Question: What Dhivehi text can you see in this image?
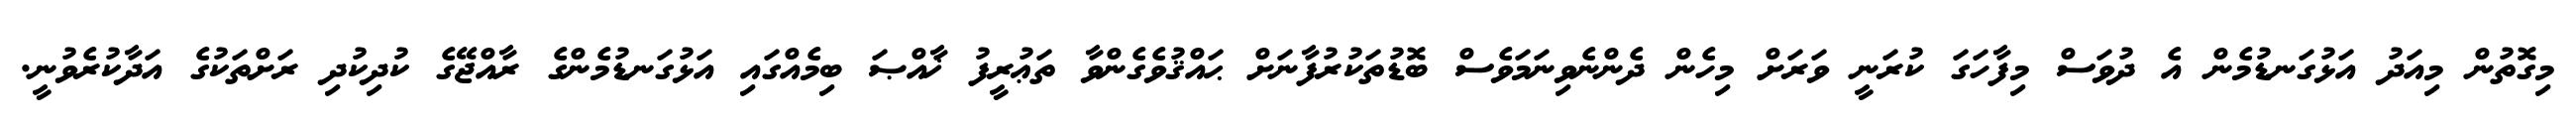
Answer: މިގޮތުން މިއަދު އަޅުގަނޑުމެން އެ ދުވަސް މިފާހަގަ ކުރަނީ ވަރަށް މިހެން ދެންނެވިނަމަވެސް ބޮޑުތަކުރުފާނަށް ޙައްޤުވެގެންވާ ތަޢުރީފު ޚާއްޞަ ބިމެއްގައި އަޅުގަނޑުމެންގެ ރާއްޖޭގެ ކުދިކުދި ރަށްތަކުގެ އަދާކުރެވުނީ.